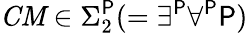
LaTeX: {\mathit{CM}}\in\Sigma_{2}^{\mathsf{P}}(=\exists^{\mathsf{P}}\forall^{\mathsf{P}}{\mathsf{P}})